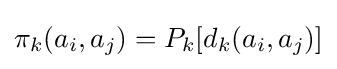
\pi _{k}(a_{i},a_{j})=P_{k}[d_{k}(a_{i},a_{j})]